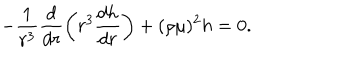
- \frac { 1 } { r ^ { 3 } } \frac { d } { d r } \left( r ^ { 3 } \frac { d h } { d r } \right) + ( \rho \mu ) ^ { 2 } h = 0 .